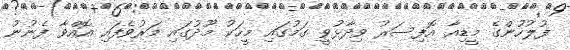
ފުލުހުންގެ މީޑިއާ އޮފިސަރު ވިދާޅުވީ ގަމުގައި މީހަކު މޫދުގައި މަރުވެފައި އޮއްވާ ފެނުނު